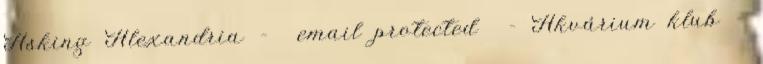
Asking Alexandria – email protected – Akvárium klub -